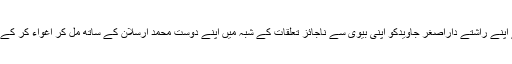
وحید احمد نے اپنے راشتے داراصغر جاویدکو اپنی بیوی سے ناجائز تعلقات کے شبہ میں اپنے دوست محمد ارسلان کے ساتھ مل کر اغواء کر کے قتل کر دیاتھا۔